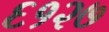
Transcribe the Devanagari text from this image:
६१२७